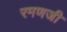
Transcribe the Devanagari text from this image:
रमणजी